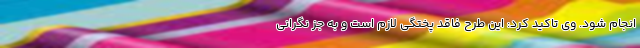
انجام شود. وی تاکید کرد: این طرح فاقد پختگی لازم است و به جز نگرانی